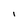
Character: l